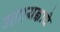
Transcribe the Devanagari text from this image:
महायज्ञाचे